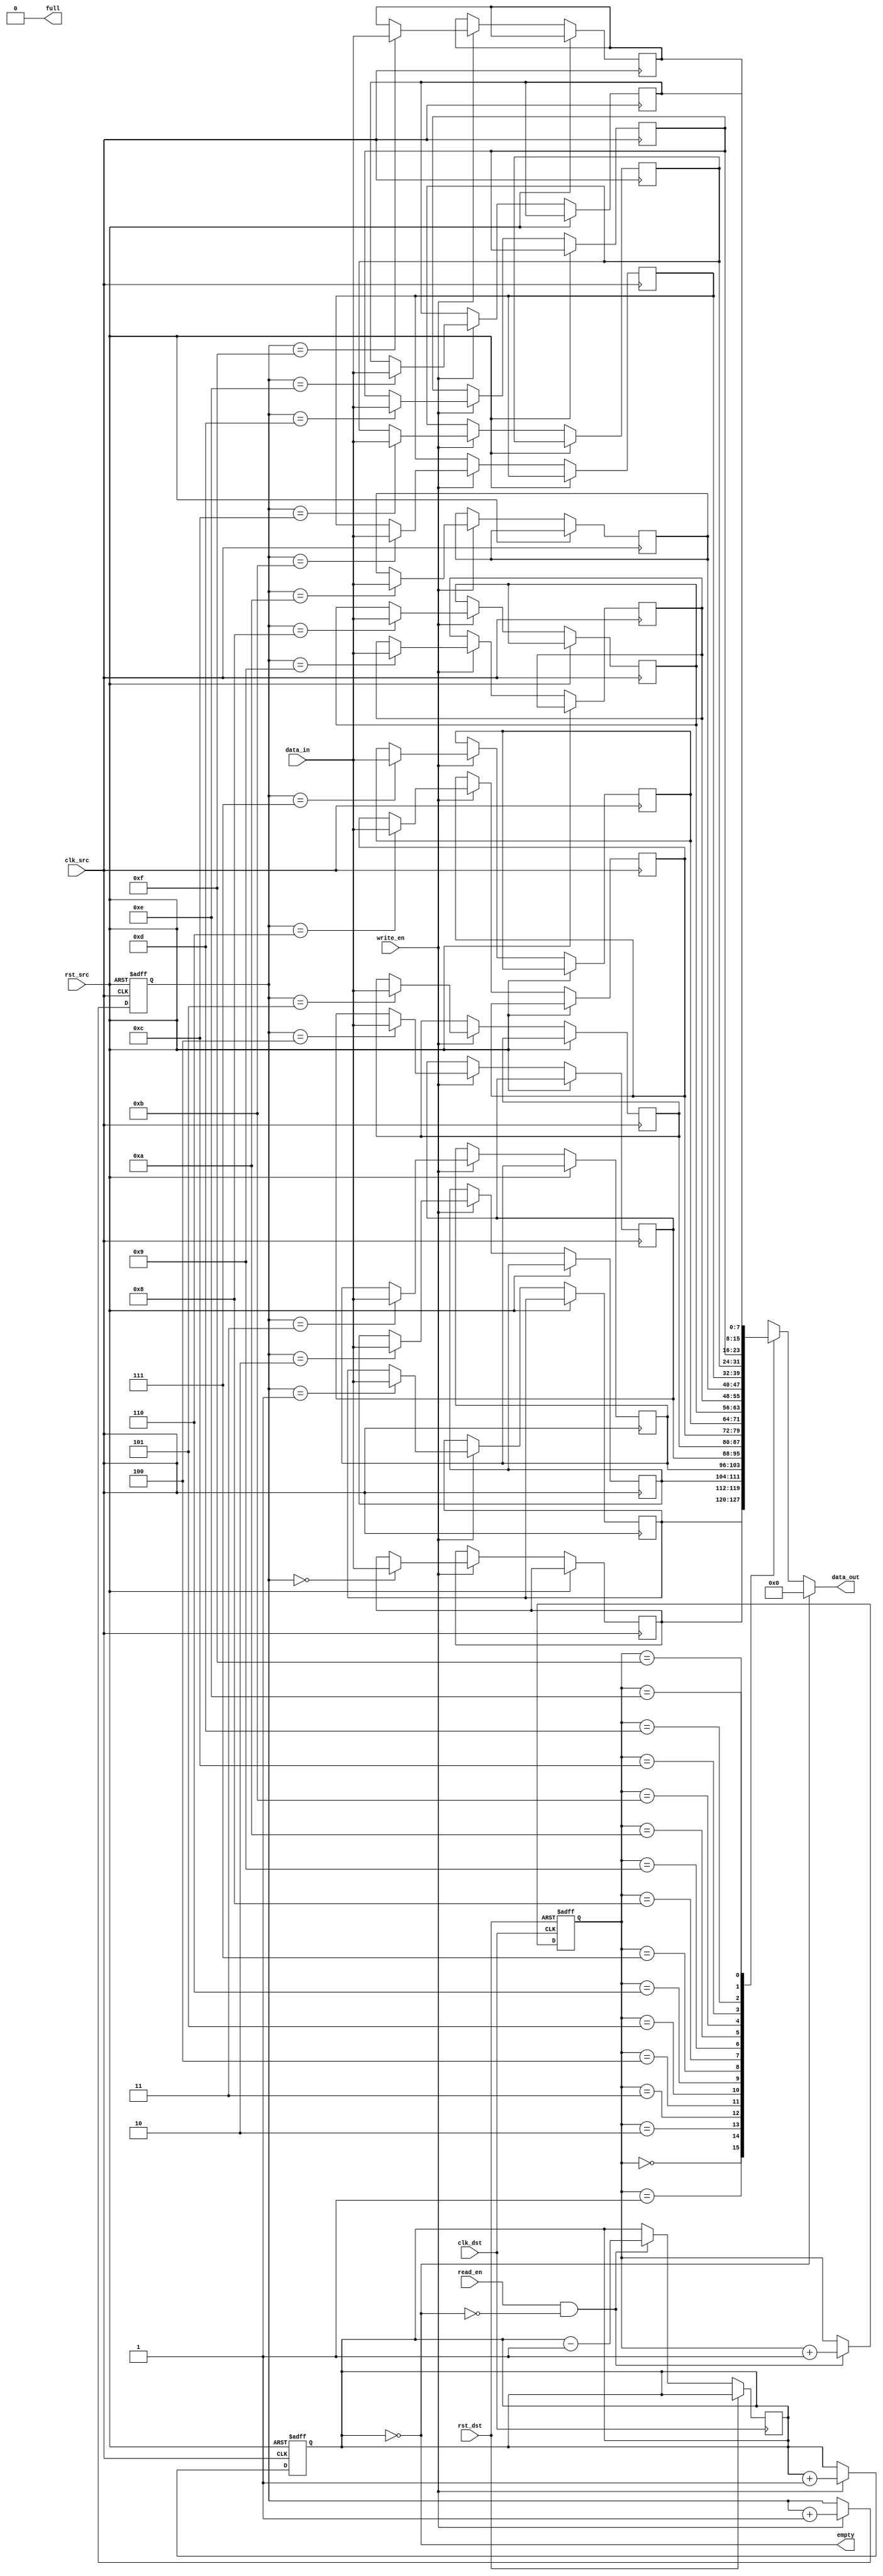
module fifo_synchronizer #(
    parameter DATA_WIDTH = 8,       // Width of data
    parameter FIFO_DEPTH = 16        // Depth of the FIFO
) (
    // Source clock domain
    input wire clk_src,              // Source clock
    input wire rst_src,              // Source reset
    input wire [DATA_WIDTH-1:0] data_in, // Data input
    input wire write_en,             // Write enable signal
    output wire full,                // FIFO full indication

    // Destination clock domain
    input wire clk_dst,              // Destination clock
    input wire rst_dst,              // Destination reset
    input wire read_en,              // Read enable signal
    output wire [DATA_WIDTH-1:0] data_out, // Data output
    output wire empty                // FIFO empty indication
);

    // FIFO Buffer
    reg [DATA_WIDTH-1:0] fifo_buffer [0:FIFO_DEPTH-1];
    reg [clog2(FIFO_DEPTH)-1:0] write_ptr;
    reg [clog2(FIFO_DEPTH)-1:0] read_ptr;
    reg [clog2(FIFO_DEPTH)-1:0] fifo_count;

    // Write Operation
    always @(posedge clk_src or posedge rst_src) begin
        if (rst_src) begin
            write_ptr <= 0;
            fifo_count <= 0;
        end else if (write_en && !full) begin
            fifo_buffer[write_ptr] <= data_in;
            write_ptr <= write_ptr + 1;
            fifo_count <= fifo_count + 1;
        end
    end

    // Read Operation
    always @(posedge clk_dst or posedge rst_dst) begin
        if (rst_dst) begin
            read_ptr <= 0;
        end else if (read_en && !empty) begin
            read_ptr <= read_ptr + 1;
            fifo_count <= fifo_count - 1;
        end
    end

    // Full and Empty status signals
    assign full = (fifo_count == FIFO_DEPTH);
    assign empty = (fifo_count == 0);
    assign data_out = (empty) ? {DATA_WIDTH{1'b0}} : fifo_buffer[read_ptr];

    // Helper function to calculate log2
    function integer clog2(input integer val);
        begin
            clog2 = 0;
            while (2**clog2 < val) begin
                clog2 = clog2 + 1;
            end
        end
    endfunction

endmodule